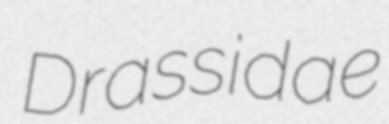
Drassidae